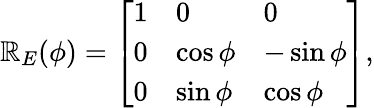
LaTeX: \mathbb{R}_{E}(\phi)=\left[\begin{array}{lll}{1}&{0}&{0}\\ {0}&{\cos\phi}&{-\sin\phi}\\ {0}&{\sin\phi}&{\cos\phi}\end{array}\right],